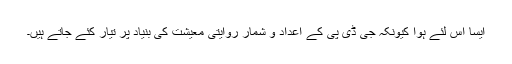
ایسا اس لئے ہوا کیونکہ جی ڈی پی کے اعداد و شمار روایتی معیشت کی بنیاد پر تیار کئے جاتے ہیں۔